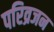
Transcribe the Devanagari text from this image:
परिव्रजन